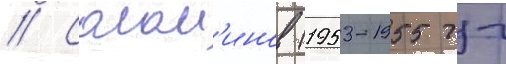
// Солом'инов (1953-1955 гг